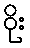
ဝိုး